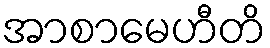
အာစာမေဟီတိ